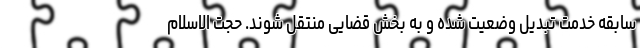
سابقه خدمت تبدیل وضعیت شده و به بخش قضایی منتقل شوند. حجت الاسلام